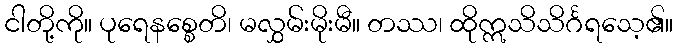
ငါတို့ကို။ ပုရေနစ္စေတိ၊ မလွှမ်းမိုးမီ။ တဿ၊ ထိုဣသိသိင်္ဂရသေ့၏။